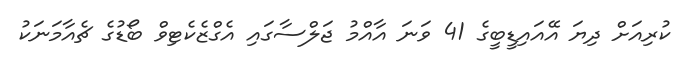
ކުރިއަށް ދިޔަ އޭއައިޑީބީގެ 41 ވަނަ އާއްމު ޖަލްސާގައި އެގްޒެކެޓިވް ބޯޑުގެ ޗެއާމަނަކު